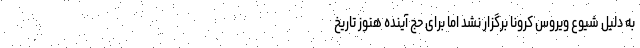
به دلیل شیوع ویروس کرونا برگزار نشد اما برای حج آینده هنوز تاریخ